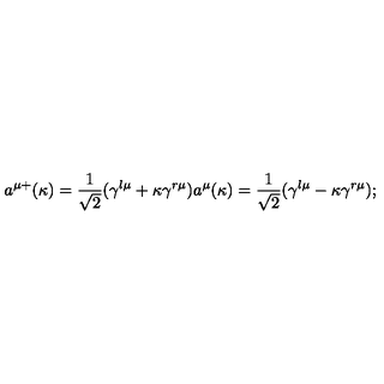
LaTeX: a ^ { \mu + } ( \kappa ) = \frac 1 { \sqrt { 2 } } ( \gamma ^ { l \mu } + \kappa \gamma ^ { r \mu } ) a ^ { \mu } ( \kappa ) = \frac 1 { \sqrt { 2 } } ( \gamma ^ { l \mu } - \kappa \gamma ^ { r \mu } ) ;